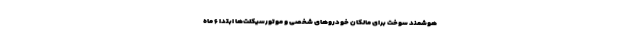
هوشمند سوخت برای مالکان خودروهای شخصی و موتورسیکلت‌ها ابتدا ۶ ماه